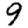
Digit: 9